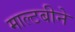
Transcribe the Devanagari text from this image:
माल्टबीने